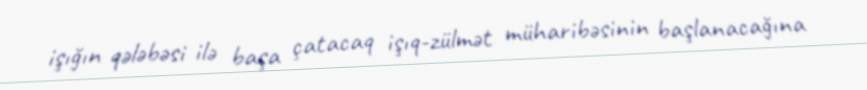
işığın qələbəsi ilə başa çatacaq işıq-zülmət müharibəsinin başlanacağına